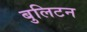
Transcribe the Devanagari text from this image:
बुलिटन